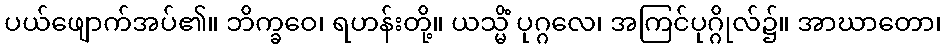
ပယ်ဖျောက်အပ်၏။ ဘိက္ခဝေ၊ ရဟန်းတို့။ ယသ္မိံ ပုဂ္ဂလေ၊ အကြင်ပုဂ္ဂိုလ်၌။ အာဃာတော၊